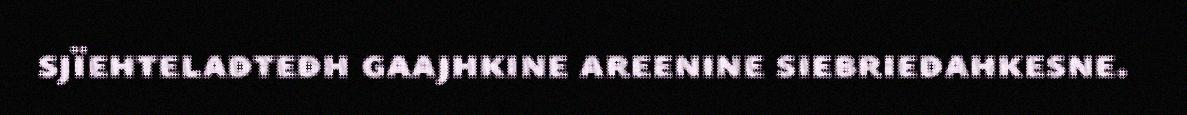
sjïehteladtedh gaajhkine areenine siebriedahkesne.